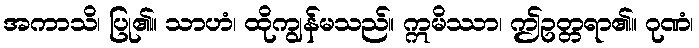
အကာသိ၊ ပြု၏။ သာဟံ၊ ထိုကျွန်မသည်။ ဣမိဿာ၊ ဤဥတ္တရာ၏။ ဂုဏံ၊